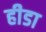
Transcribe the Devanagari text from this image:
हीडा